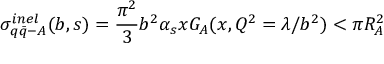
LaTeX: \sigma _ { q \bar { q } - A } ^ { i n e l } ( b , s ) = { \frac { \pi ^ { 2 } } { 3 } } b ^ { 2 } \alpha _ { s } x G _ { A } ( x , Q ^ { 2 } = \lambda / b ^ { 2 } ) < \pi R _ { A } ^ { 2 }